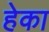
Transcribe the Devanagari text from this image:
हेका